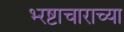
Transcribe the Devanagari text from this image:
भ्‍रष्टाचाराच्या